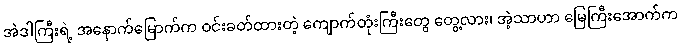
အဲဒါကြီးရဲ့ အနောက်မြောက်က ဝင်းခတ်ထားတဲ့ ကျောက်တုံးကြီးတွေ တွေ့လား၊ အဲ့သာဟာ မြေကြီးအောက်က